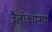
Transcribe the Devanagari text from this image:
त्रैलोक्यनाम